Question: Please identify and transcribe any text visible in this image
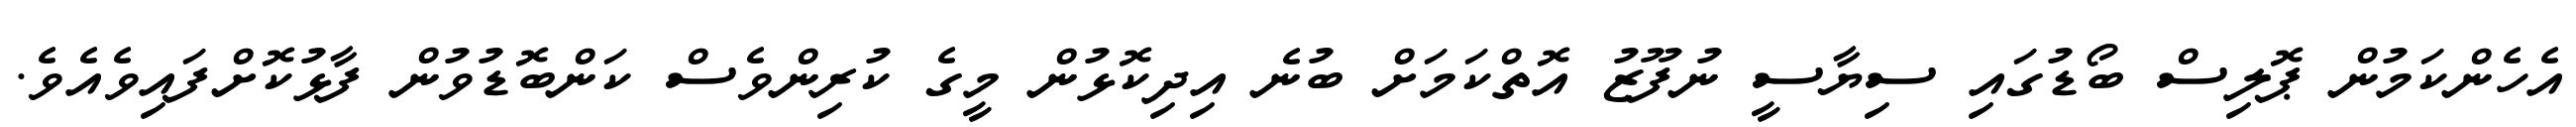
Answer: އެހެންކަމުން ޕޮލިސް ބޯޑުގައި ސިޔާސީ ނުފޫޒު އޮތްކަމަށް ބުނެ އިދިކޮޅުން މީގެ ކުރިންވެސް ކަންބޮޑުވުން ފާޅުކޮށްފައިވެއެވެ.